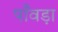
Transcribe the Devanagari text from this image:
पाँवड़ा